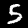
Label: 5